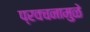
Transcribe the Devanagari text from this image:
प्रवचनामुळे